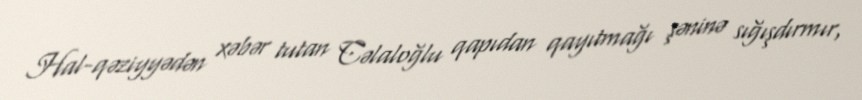
Hal-qəziyyədən xəbər tutan Cəlaloğlu qapıdan qayıtmağı şəninə sığışdırmır,